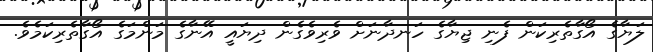
ލަޔާގެ އޯގާތެރިކަން ފެނި ޖިޔާގެ ހަނދާނަށް ވެރިވެގެން ދިޔައީ އޭނާގެ މަންމަގެ އޯގާތެރިކަމެވެ.